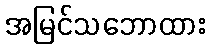
အမြင်သဘောထား